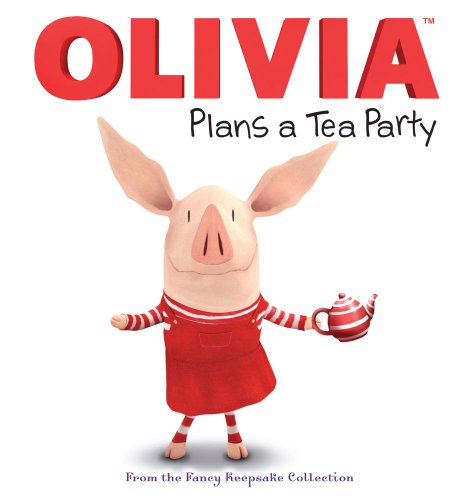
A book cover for OLIVIA Plans a Tea Party: From the Fancy Keepsake Collection (Olivia TV Tie-in); Children's Books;